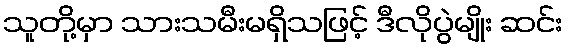
သူတို့မှာ သားသမီးမရှိသဖြင့် ဒီလိုပွဲမျိုး ဆင်း